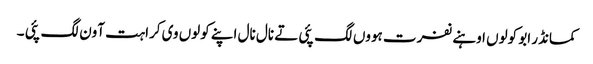
کمانڈر ابو کولوں اوہنے نفرت ہووں لگ پئی تے نال نال اپنے کولوں وی کراہت آون لگ پئی ۔